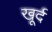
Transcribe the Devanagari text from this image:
खूर्द